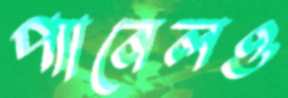
প্যানেলও